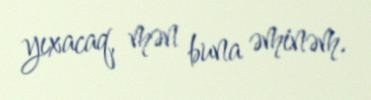
yıxacaq, mən buna əminəm.